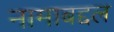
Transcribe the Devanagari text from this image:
नामाबद्दल